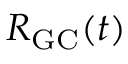
R _ { \mathrm { { G C } } } ( t )